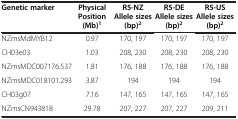
<table><thead><tr><td><b>Genetic marker</b></td><td><b>Physical Position (Mb)<sup>1</sup></b></td><td><b>R5-NZ Allele sizes (bp)<sup>2</sup></b></td><td><b>R5-DE Allele sizes (bp)<sup>2</sup></b></td><td><b>R5-US Allele sizes (bp)<sup>2</sup></b></td></tr></thead><tbody><tr><td>NZmsMdMYB12</td><td>0.97</td><td>170, 197</td><td>170, 197</td><td>170, 197</td></tr><tr><td>CH03e03</td><td>1.03</td><td>208, 230</td><td>208, 230</td><td>208, 230</td></tr><tr><td>NZmsMDC007176.537</td><td>1.81</td><td>176, 188</td><td>176, 188</td><td>176, 188</td></tr><tr><td>NZmsMDC018101.293</td><td>3.87</td><td>194</td><td>194</td><td>194</td></tr><tr><td>CH03g07</td><td>7.16</td><td>147, 165</td><td>147, 165</td><td>147, 165</td></tr><tr><td>NZmsCN943818</td><td>29.78</td><td>207, 227</td><td>207, 227</td><td>209, 211</td></tr></tbody></table>